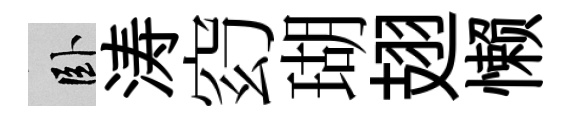
卧涛𥥆瑚翅懒